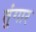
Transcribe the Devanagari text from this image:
तुंगार